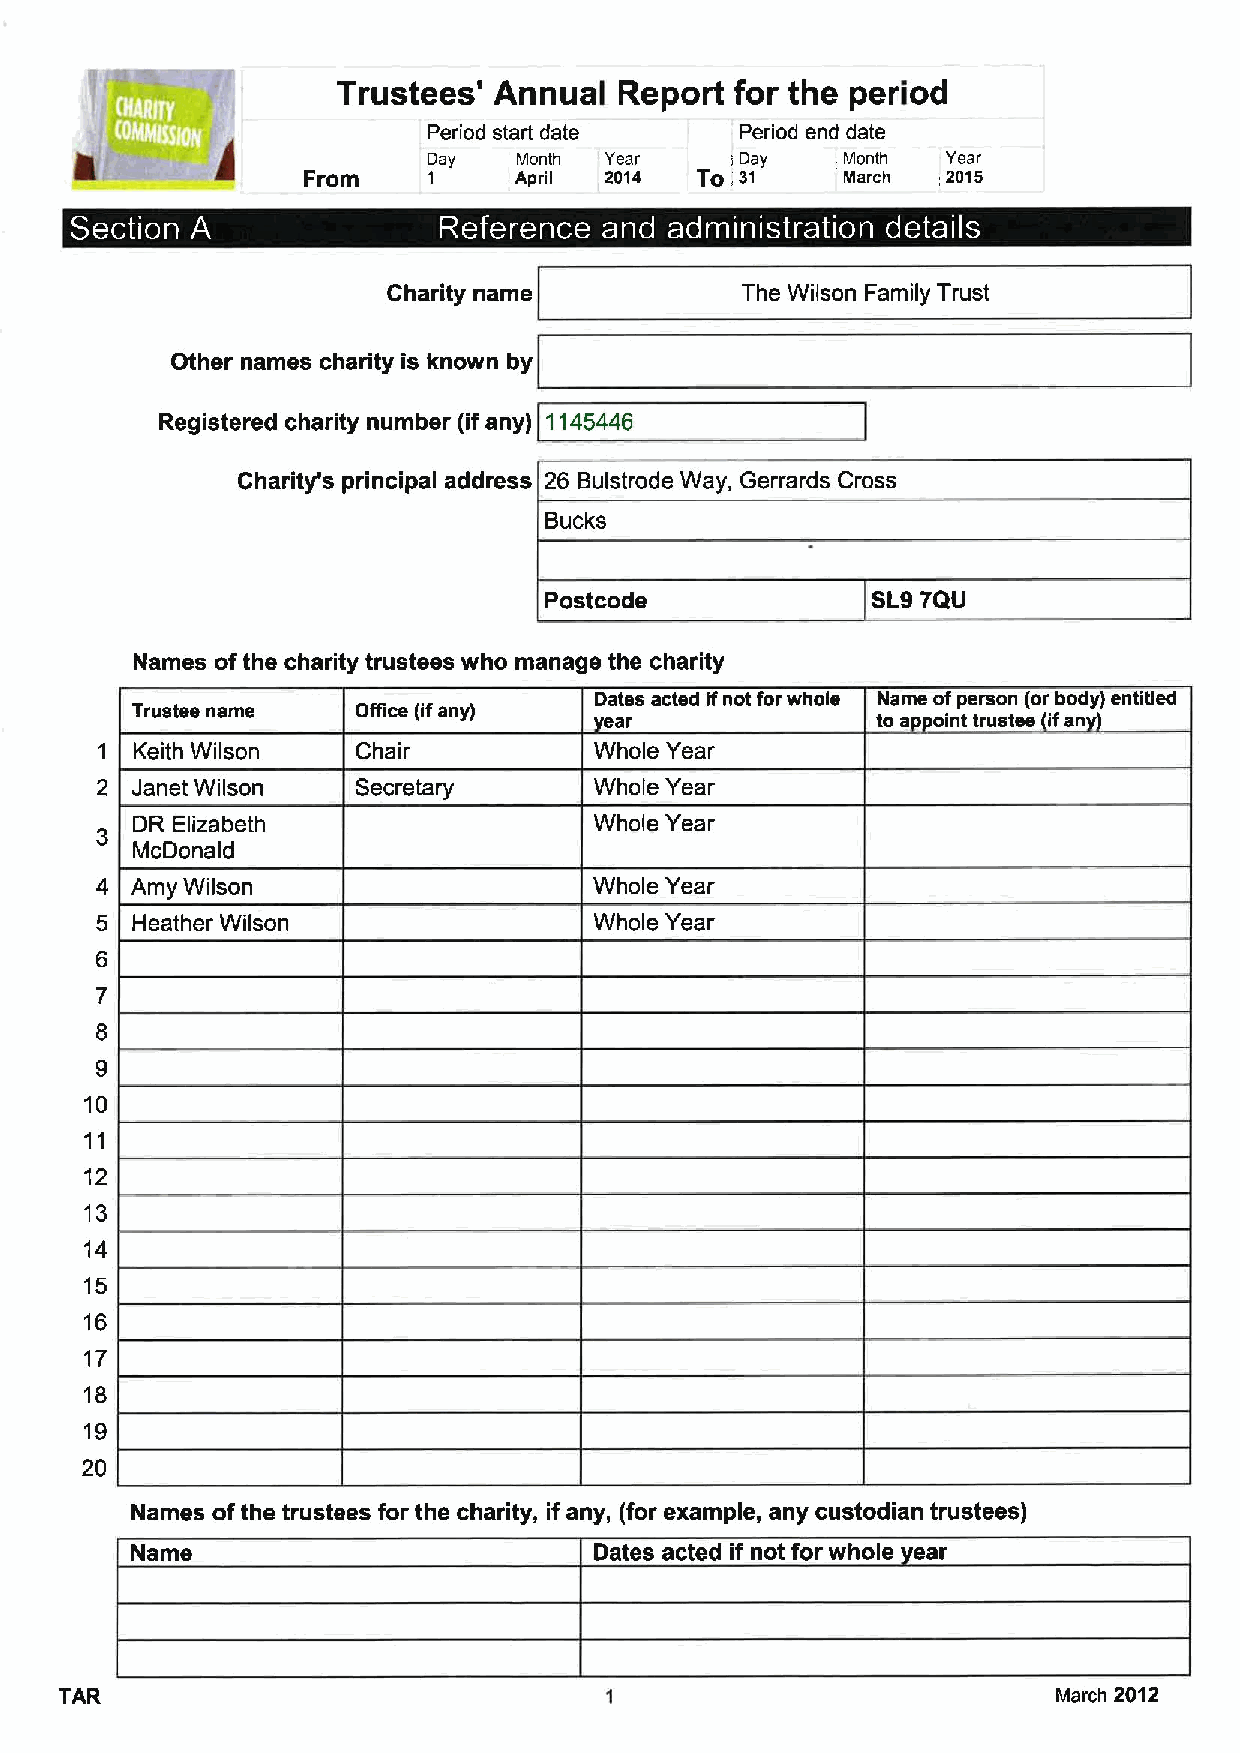
Trustees'  Annual  Report  for the period
 Period start date    Period end dale
 Day   Month Year     Day    Month  Year
 From          April 2014
 To,;
 31     March  2015
 ~  ~      e  ~  ~  e
 Charity name           The Wilson Family Trust
 Other names charity is known by
 Registered charity number (ifany) 1145446
 Charity's principal address 26 Bulstrode Way, Gerrards Cross
 Bucks
 Postcode              SL97QU
 Names ofthe charity trustees who manage the charity
 Dates acted ifnot forwhole Name ofperson (or body) entitled
 Trustee name   Office (ifany)
 ar               to a oint trustee ifan
 Keith Wilson   Chair          Whole Year
 Janet Wilson   Secretary      Whole Year
 DR Elizabeth                  Whole Year
 McDonald
 Amy Wilson                    Whole Year
 Heather Wilson                Whole Year
 6
 7
 8
 9
 10
 11
 12
 13
 14
 15
 16
 17
 18
 19
 20
 Names ofthe trustees for the charity, if any, (for example, any custodian trustees)
 Name                          Dates acted if not for whole ear
 TAR                                                               March 2012